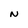
Character: N